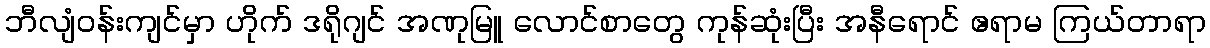
ဘီလျံဝန်းကျင်မှာ ဟိုက် ဒရိုဂျင် အဏုမြူ လောင်စာတွေ ကုန်ဆုံးပြီး အနီရောင် ဧရာမ ကြယ်တာရာ